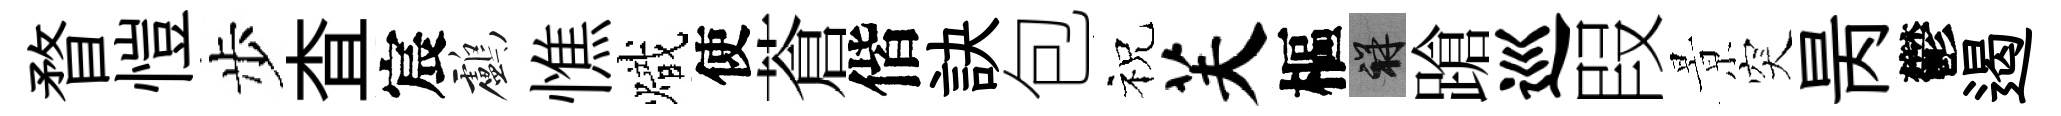
瞀愷步查宸鸕憔熾使蒼偕訣包祝芙樞祥蹌巡叚㬌突昺鬱遏